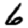
Digit: 6